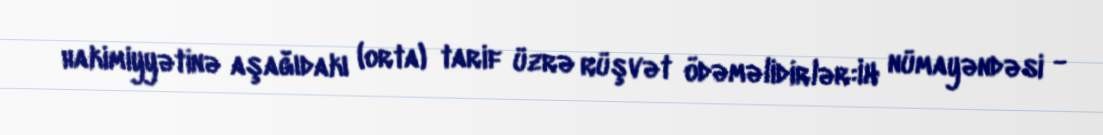
hakimiyyətinə aşağıdakı (orta) tarif üzrə rüşvət ödəməlidirlər:İH nümayəndəsi -